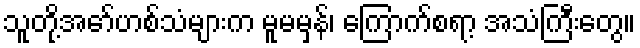
သူတို့အော်ဟစ်သံများက မူမမှန်၊ ကြောက်စရာ့ အသံကြီးတွေ။